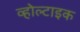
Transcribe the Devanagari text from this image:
व्होल्टाइक